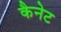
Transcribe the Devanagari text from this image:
कैनेट